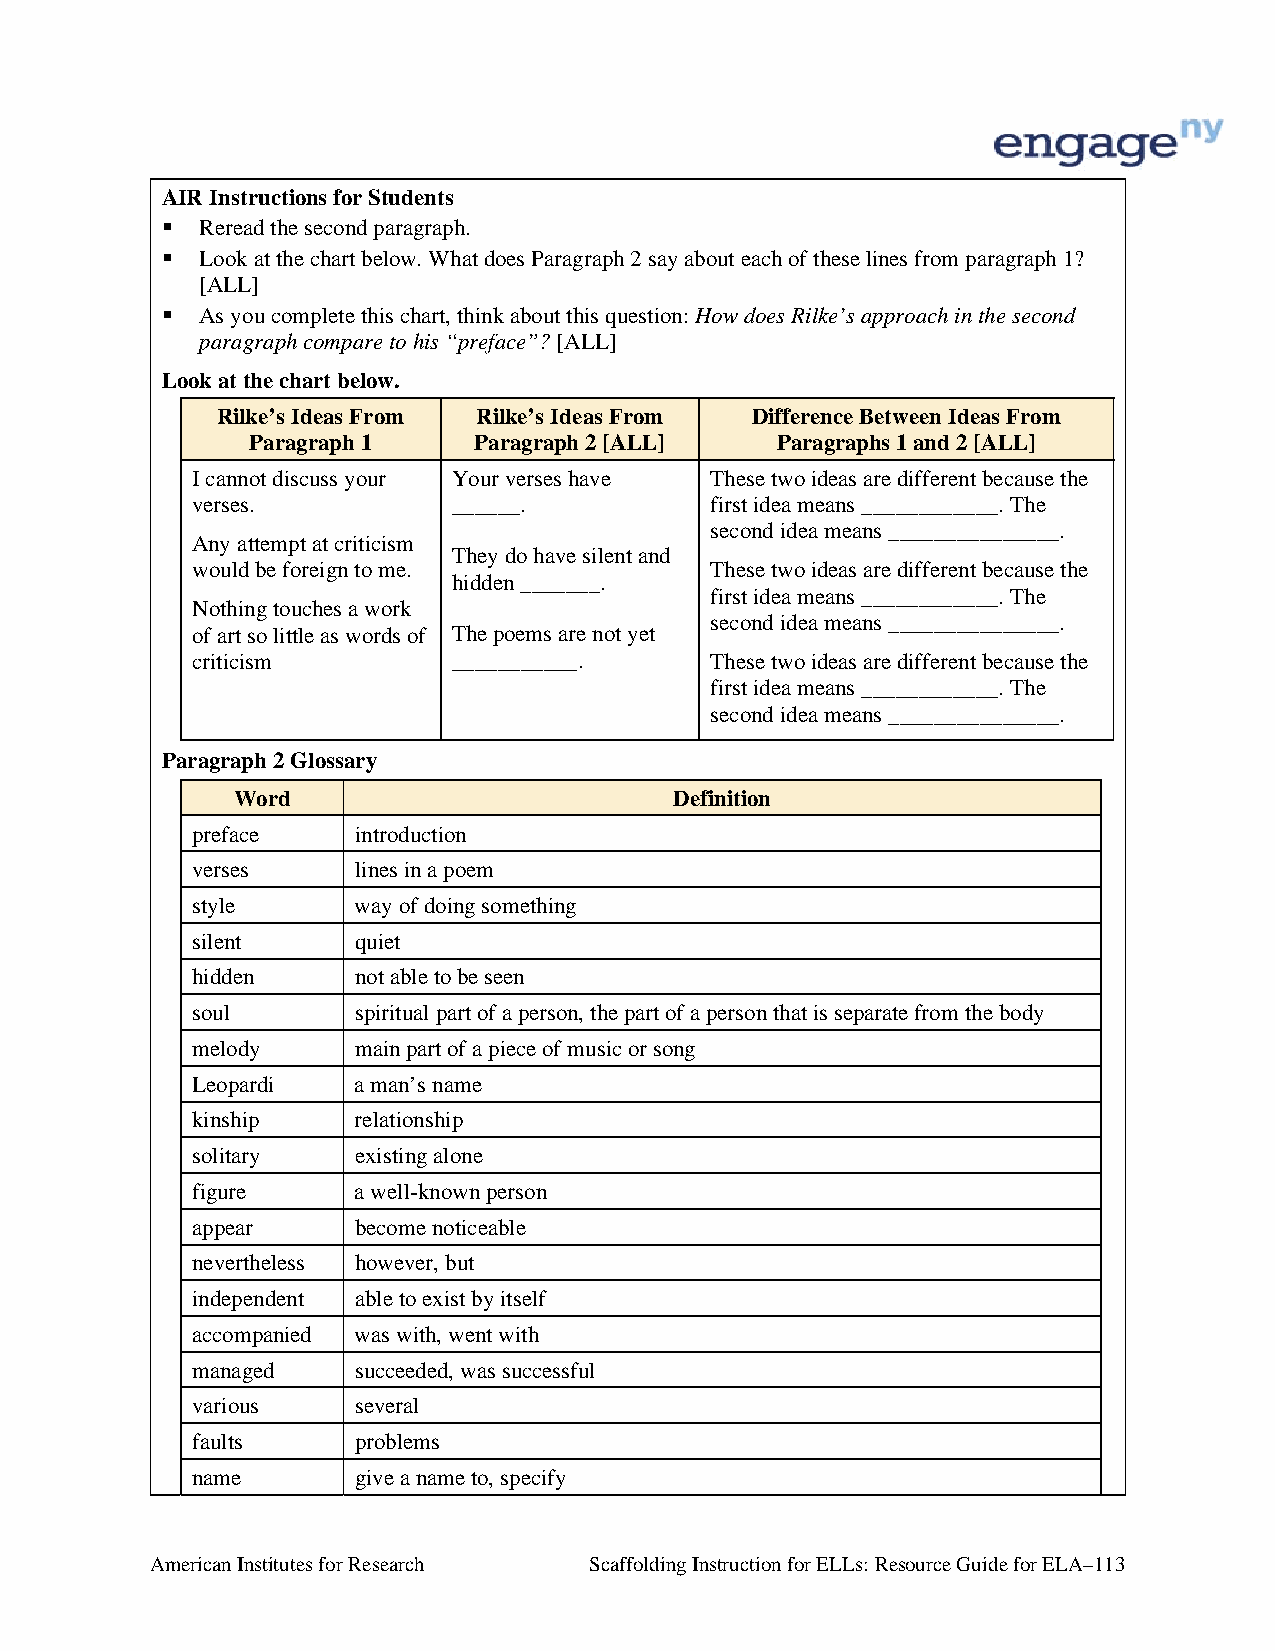
AIR Instructions for Students
  Reread the second paragraph.
  Look at the chart below. What does Paragraph 2 say about each of these lines from paragraph 1?
 [ALL]
  As you complete this chart, think about this question: How does Rilke’s approach in the second
 paragraph compare to his “preface”? [ALL]
 Look at the chart below.
 Rilke’s Ideas From Rilke’s Ideas From Difference Between Ideas From
 Paragraph 1   Paragraph 2 [ALL]   Paragraphs 1 and 2 [ALL]
 I cannot discuss your Your verses have These two ideas are different because the
 verses.          ______.          first idea means ____________. The
 second idea means _______________.
 Any attempt at criticism
 They do have silent and
 would be foreign to me.           These two ideas are different because the
 hidden _______.
 first idea means ____________. The
 Nothing touches a work
 second idea means _______________.
 of art so little as words of The poems are not yet
 criticism        ___________.     These two ideas are different because the
 first idea means ____________. The
 second idea means _______________.
 Paragraph 2 Glossary
 Word                          Definition
 preface   introduction
 verses    lines in a poem
 style     way of doing something
 silent    quiet
 hidden    not able to be seen
 soul      spiritual part of a person, the part of a person that is separate from the body
 melody    main part of a piece of music or song
 Leopardi  a man’s name
 kinship   relationship
 solitary  existing alone
 figure    a well-known person
 appear    become noticeable
 nevertheless however, but
 independent able to exist by itself
 accompanied was with, went with
 managed   succeeded, was successful
 various   several
 faults    problems
 name      give a name to, specify
 American Institutes for Research Scaffolding Instruction for ELLs: Resource Guide for ELA–113